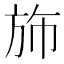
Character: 斾